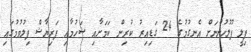
ފިލީ ފުލުހުންނަށް އެނގުމުގެ 24 ގަޑިއިރު ކުރިން ކަމަށާއި ޝަހުމާއި ފަރިޔާޝް ފިލުވުމުގައި